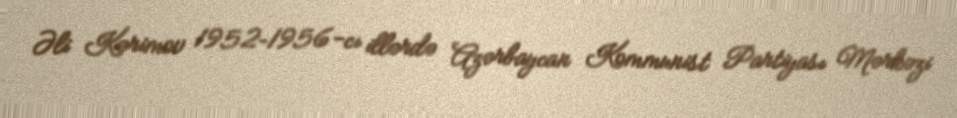
Əli Kərimov 1952–1956-cı illərdə Azərbaycan Kommunist Partiyası Mərkəzi